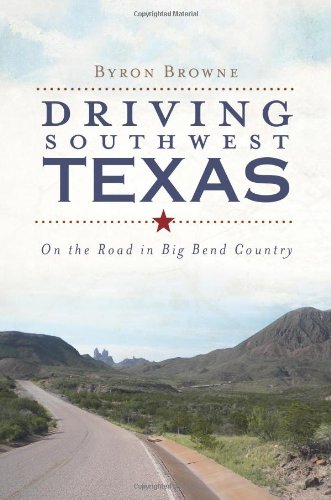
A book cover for Driving Southwest Texas:: On the Road in Big Bend Country (History & Guide); Byron Browne; Travel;